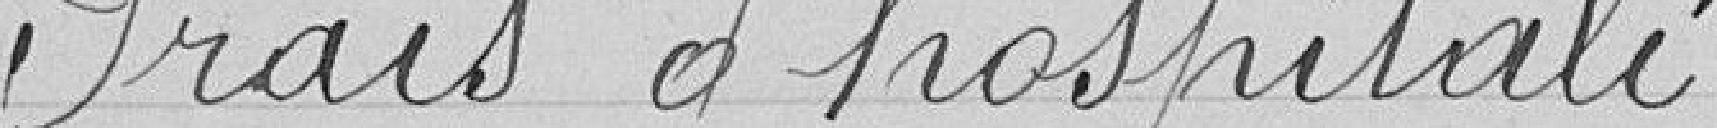
Frais d'hospitali=